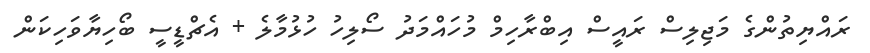
ރައްޔިތުންގެ މަޖިލިސް ރައީސް އިބްރާހިމް މުހައްމަދު ސޯލިހު ހުޅުމާލެ + އެޗްޑީސީ ބޯހިޔާވަހިކަން